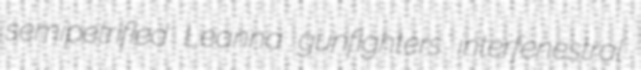
semipetrified Leanna gunfighters interfenestral